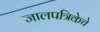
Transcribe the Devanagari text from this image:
जालपत्रिकेचे